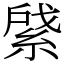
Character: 䋯